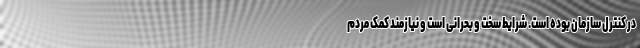
در کنترل سازمان بوده است. شرایط سخت و بحرانی است و نیازمند کمک مردم